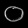
Digit: ၀